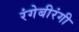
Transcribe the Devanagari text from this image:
रंगेबीरंगी